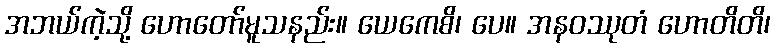
အဘယ်ကဲ့သို့ ဟောတော်မူသနည်း။ ယေကေစိ၊ ပေ။ အနဝဿုတံ ဟောတိတိ၊